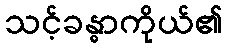
သင့်ခန္ဓာကိုယ်၏